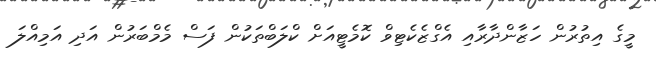
މީގެ އިތުރުން ހަޒާންދާރާއި އެގްޒެކެޓިވް ކޮމެޓީއަށް ކްލަބްތަކުން ފަސް މެމްބަރުން އަދި އަމިއްލަ